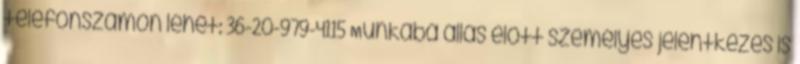
telefonszámon lehet: 36-20-979-4115 Munkába állás előtt személyes jelentkezés is